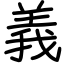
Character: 義